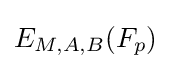
E_{M,A,B}(F_{p})